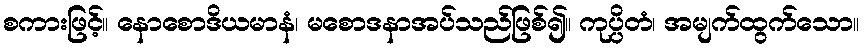
စကားဖြင့်။ နောစောဒိယမာနံ၊ မစောဒနာအပ်သည်ဖြစ်၍။ ကုပ္ပိတံ၊ အမျက်ထွက်သော။